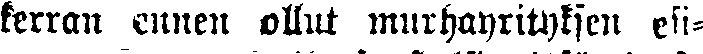
kerran eniten ollut murhanyrityksen esi-